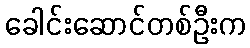
ခေါင်းဆောင်တစ်ဦးက